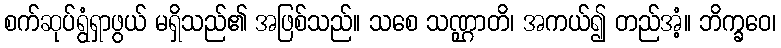
စက်ဆုပ်ရွံရှာဖွယ် မရှိသည်၏ အဖြစ်သည်။ သစေ သဏ္ဌာတိ၊ အကယ်၍ တည်အံ့။ ဘိက္ခဝေ၊